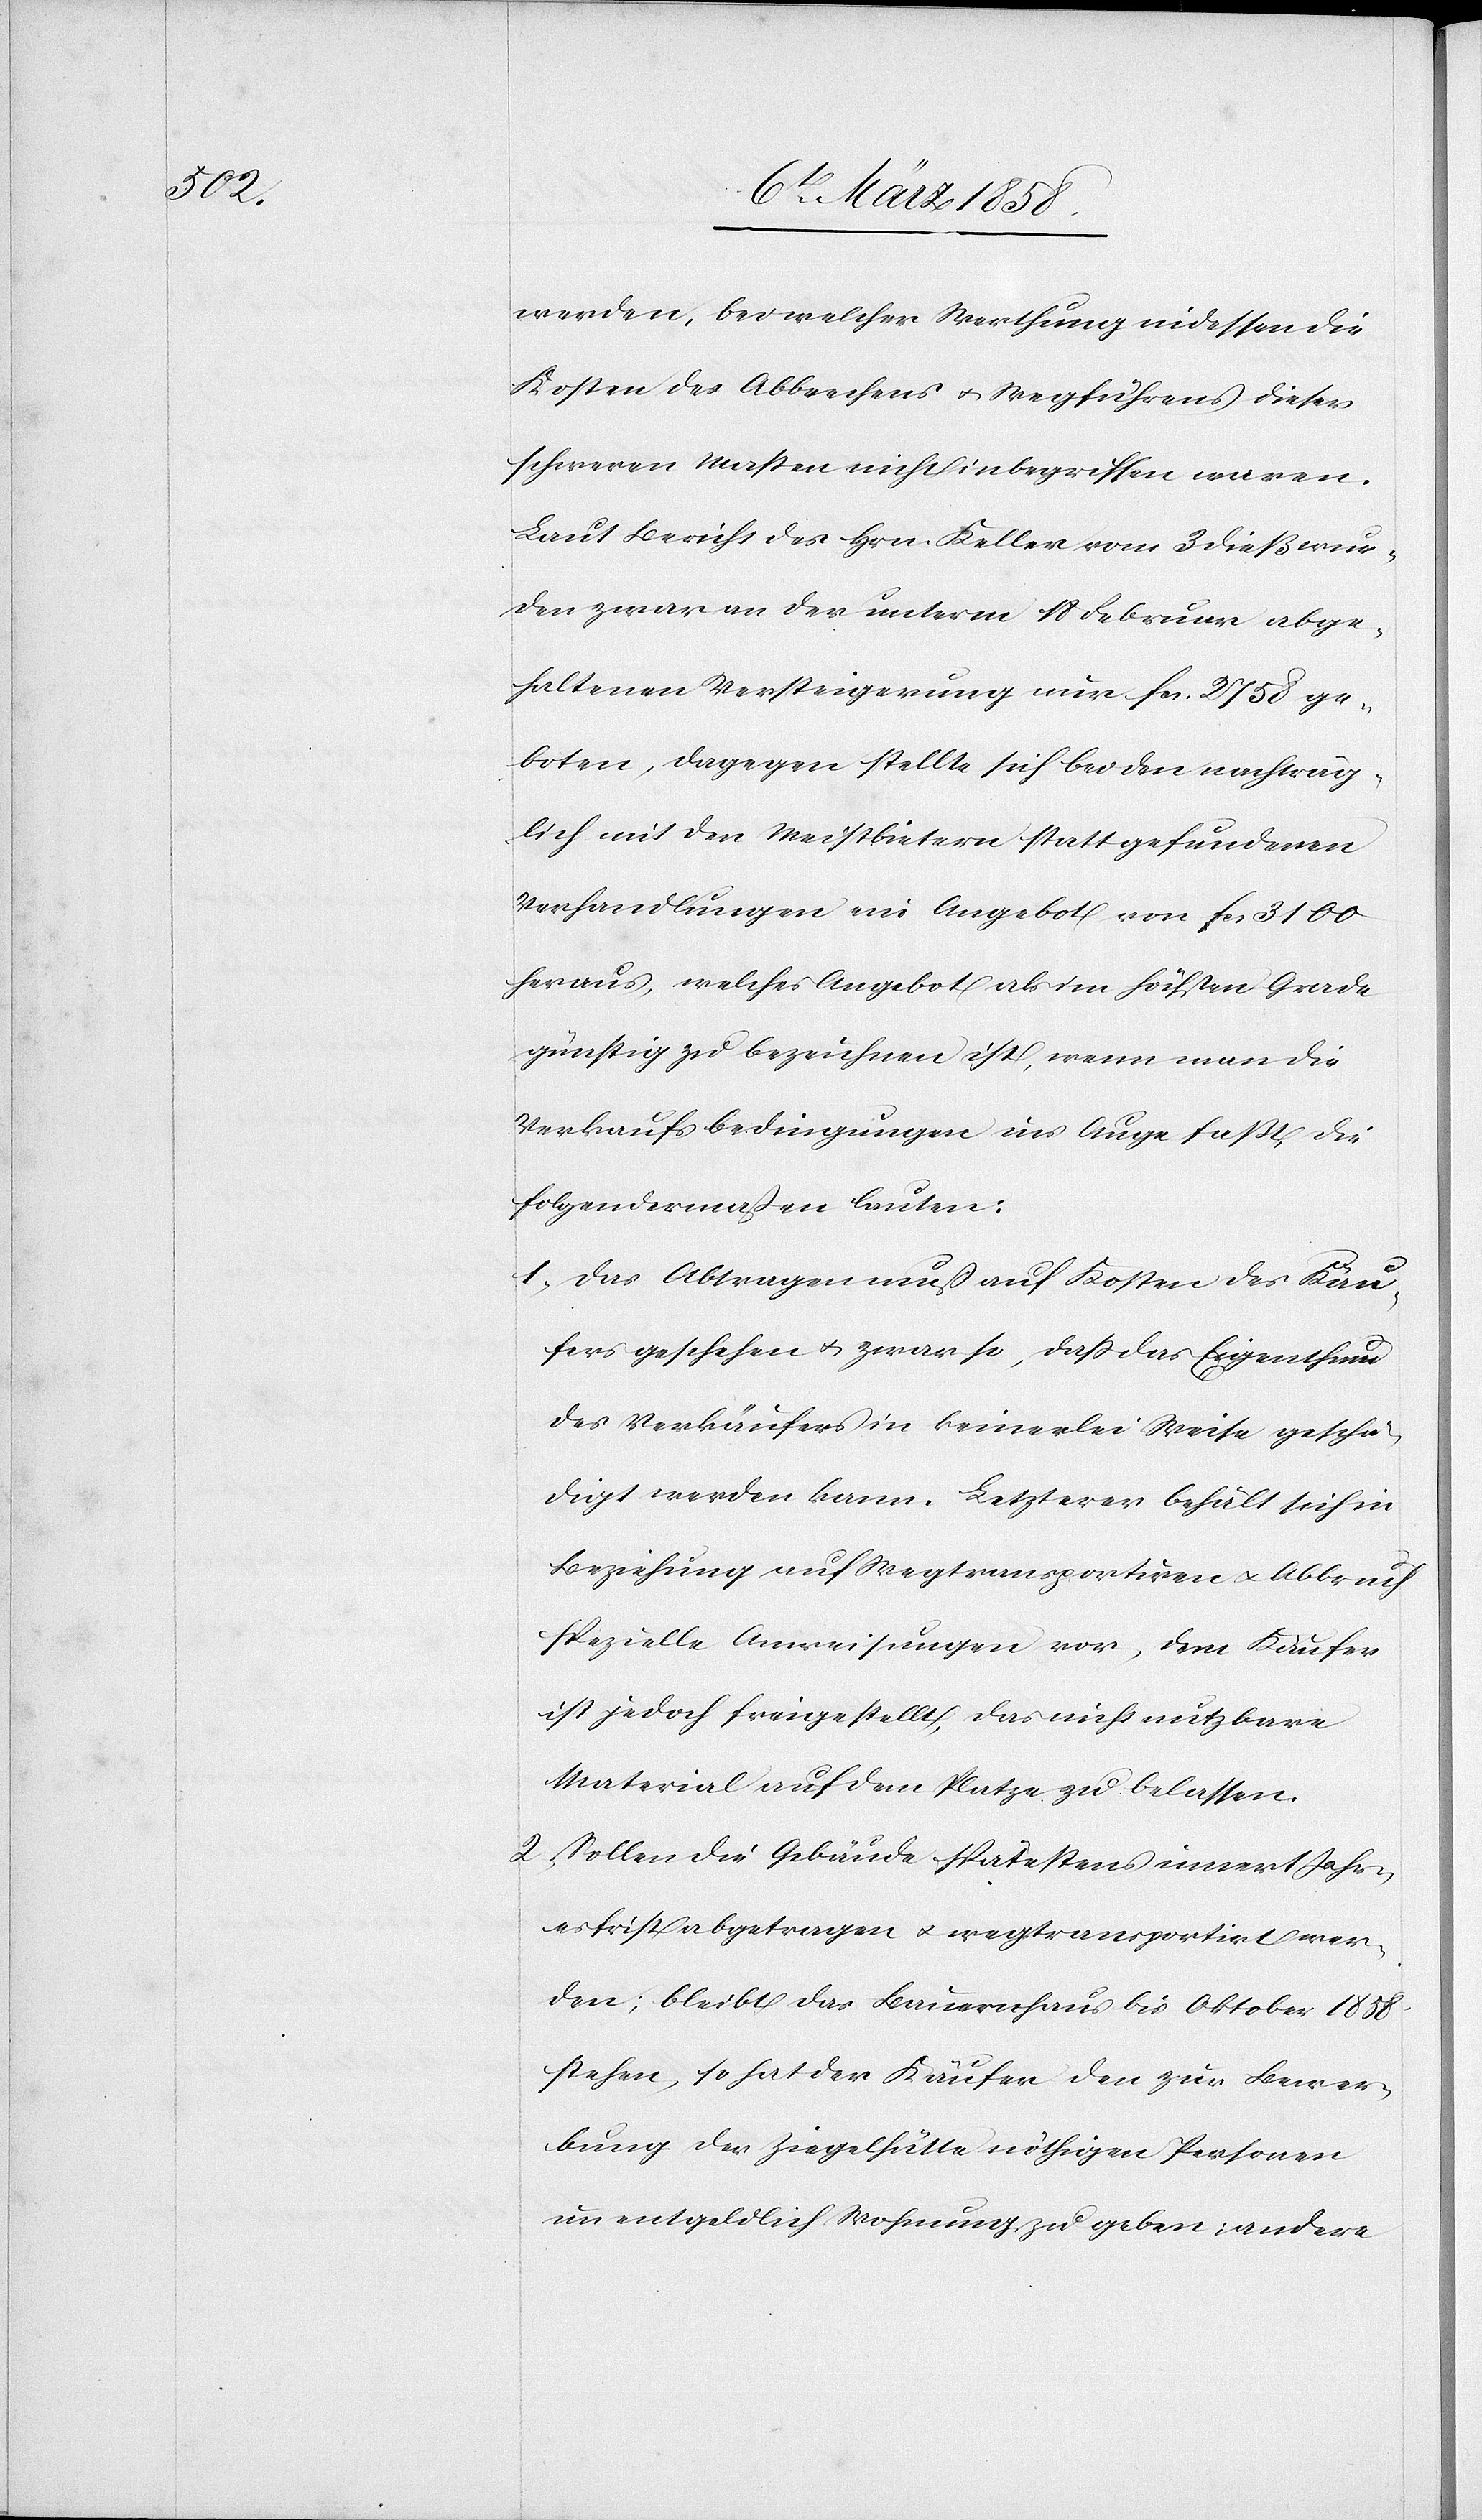
werden, bei welcher Werthung indessen die
Kosten des Abbrechens u. Wegführens dieser
schweren Maßen nicht inbegriffen waren.
Laut Bericht des Hrn. Keller vom 3 dieß wur¬
den zwar an der unterm 18 Februar abge¬
haltenen Versteigerung nur fcs. 2758 ge¬
boten, dagegen stellte sich bei den nachträg¬
lich mit den Meistbietern stattgefundenen
Verhandlungen ein Angebot von fcs. 3100
heraus, welches Angebot als im höchsten Grade
günstig zu bezeichnen ist, wenn man die
Verkaufsbedingungen ins Auge faßt, die
folgendermaßen lauten:
1. Das Abtragen muß auf Kosten des Käu¬
fers geschehen u. zwar so, daß das Eigenthum
des Verkäufers in keinerlei Weise geschä¬
digt werden kann. Letzterer behält sich in
Beziehung auf Wegtransportiren u. Abbruch
spezielle Anweisungen vor, dem Käufer
ist jedoch freigestellt, das nicht nutzbare
Material auf dem Platze zu belassen.
2. Sollen die Gebäude spätestens innert Jahr¬
esfrist abgetragen u. wegtransportirt wer¬
den; bleibt das Bauernhaus bis Oktober 1858
stehen, so hat der Käufer den zur Bewer¬
bung der Ziegelhütte nöthigen Personen
unentgeldlich Wohnung zu geben; andere